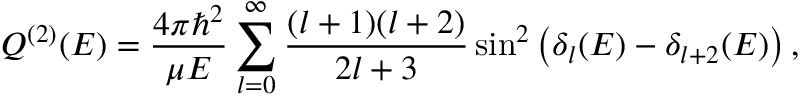
Q ^ { ( 2 ) } ( E ) = \frac { 4 \pi \hbar ^ { 2 } } { \mu E } \sum _ { l = 0 } ^ { \infty } \frac { ( l + 1 ) ( l + 2 ) } { 2 l + 3 } \sin ^ { 2 } \left( \delta _ { l } ( E ) - \delta _ { l + 2 } ( E ) \right) ,